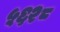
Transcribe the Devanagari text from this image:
५६२८